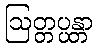
ဩတ္တပ္ပန္တာ